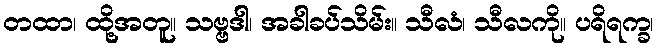
တထာ၊ ထို့အတူ။ သဗ္ဗဒါ၊ အခါခပ်သိမ်း။ သီလံ၊ သီလကို။ ပရိရက္ခ၊